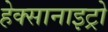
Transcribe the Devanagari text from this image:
हेक्सानाइट्रो